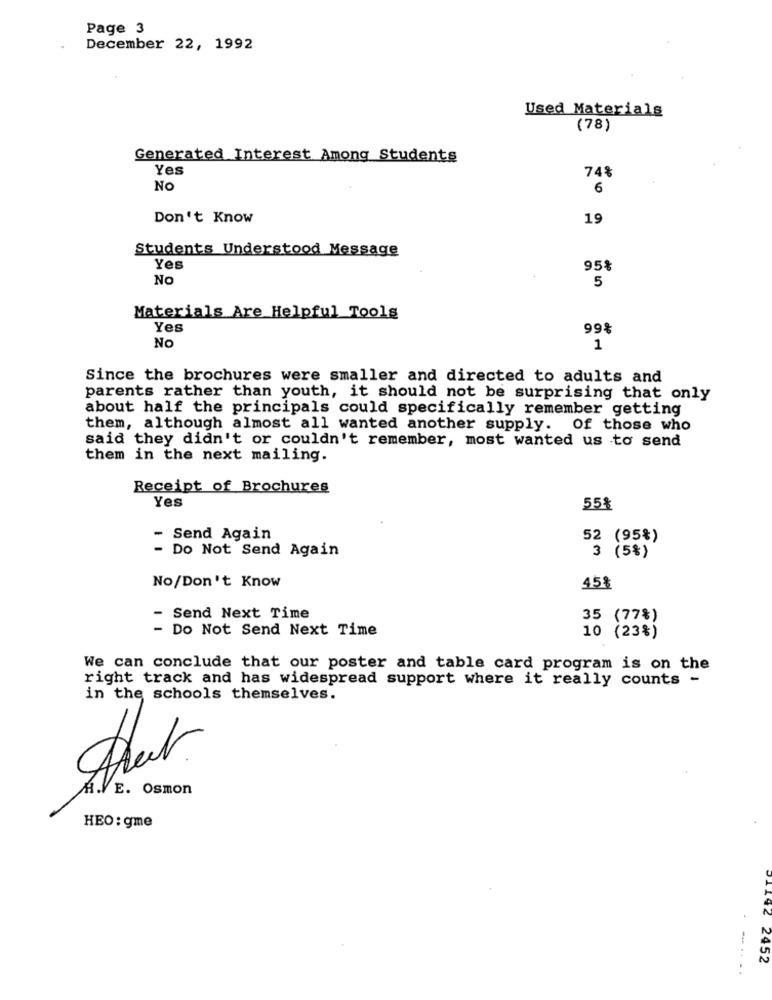
Page 3
December 22, 1992
Used Materials
(78)
Generated Interest Among Students
Yes
74%
No
6
Don't Know
19
Students Understood Message
Yes
95%
No
5
Materials Are Helpful Tools
Yes
99%
NO
1
Since the brochures were smaller and directed to adults and
parents rather than youth, it should not be surprising that only
about half the principals could specifically remember getting
them, although almost all wanted another supply. Of those who
said they didn't or couldn't remember, most wanted us to send
them in the next mailing.
Receipt of Brochures
Yes
55%
- Send Again
52 (95%)
- Do Not Send Again
3 (5%)
No/Don't Know
45%
- Send Next Time
35 (77%)
- Do Not Send Next Time
10 (23%)
We can conclude that our poster and table card program is on the
right track and has widespread support where it really counts -
in the schools themselves.
H. E. Osmon
HEO : gme
--..
192 2452